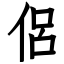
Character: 侶